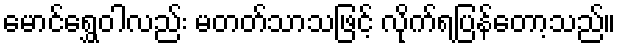
မောင်ရွှေဝါလည်း မတတ်သာသဖြင့် လိုက်ရပြန်တော့သည်။